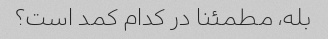
بله، مطمئنا در کدام کمد است؟